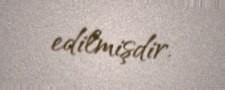
edilmişdir.